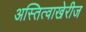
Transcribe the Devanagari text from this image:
अस्तित्वाखेरीज